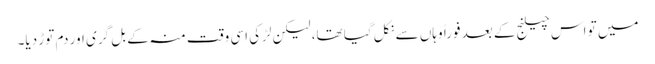
میں تو اس چیلنج کے بعد فوراً وہاں سے نکل گیا تھا، لیکن لڑکی اسی وقت منہ کے بل گری اور دم توڑ دیا۔